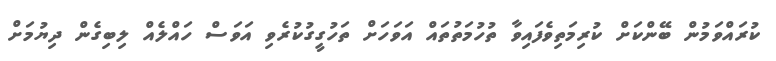
ކުރައްވަމުން ބޭންކަށް ކުރިމަތިވެފައިވާ ތުހުމަތުތައް އަވަހަށް ތަހުގީގުކުރެވި އަވަސް ހައްލެއް ލިބިގެން ދިޔުމަށް